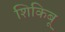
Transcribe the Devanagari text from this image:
शिकिबू